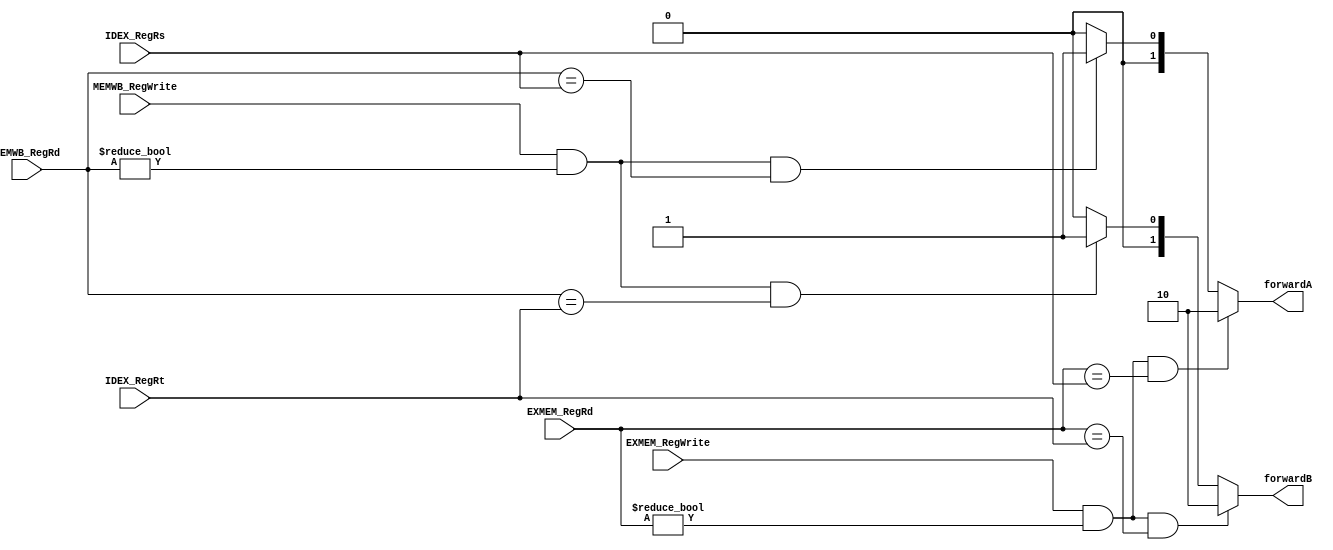
module Forwarding(
    IDEX_RegRt,
    IDEX_RegRs,
    EXMEM_RegRd,
    MEMWB_RegRd,
    EXMEM_RegWrite,
    MEMWB_RegWrite,
    forwardA,
    forwardB
);
//input output
	input   [4:0]  IDEX_RegRt;
    input   [4:0]  IDEX_RegRs;
    input   [4:0]  EXMEM_RegRd;
    input   [4:0]  MEMWB_RegRd;
    input     EXMEM_RegWrite;
    input     MEMWB_RegWrite;
    output  [1:0]   forwardA;
    output  [1:0]   forwardB;
//reg & wire
//Combinational part
    assign forwardA = (EXMEM_RegWrite && (EXMEM_RegRd != 5'd0) && (EXMEM_RegRd == IDEX_RegRs)) ? 2'b10 : 
                      (MEMWB_RegWrite && (MEMWB_RegRd != 5'd0) && (MEMWB_RegRd == IDEX_RegRs)) ? 2'b01 : 2'b00;  
    assign forwardB = (EXMEM_RegWrite && (EXMEM_RegRd != 5'd0) && (EXMEM_RegRd == IDEX_RegRt)) ? 2'b10 : 
                      (MEMWB_RegWrite && (MEMWB_RegRd != 5'd0) && (MEMWB_RegRd == IDEX_RegRt)) ? 2'b01 : 2'b00; 
endmodule